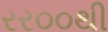
રર૦૦થી